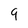
Character: 9